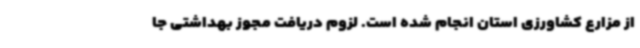
از مزارع کشاورزی استان انجام شده است. لزوم دریافت مجوز بهداشتی جا